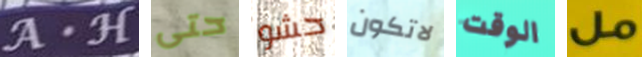
A.H حتى حشو لاتكون الوقت مل